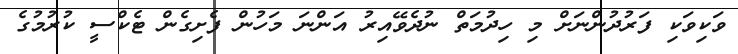
ވަކިވަކި ފަރުދުންނަށް މި ހިދުމަތް ނުދެވޭއިރު އަންނަ މަހުން ފެށިގެން ޓެކްސީ ކުރުމުގެ